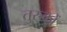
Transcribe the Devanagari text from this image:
तुरुकों